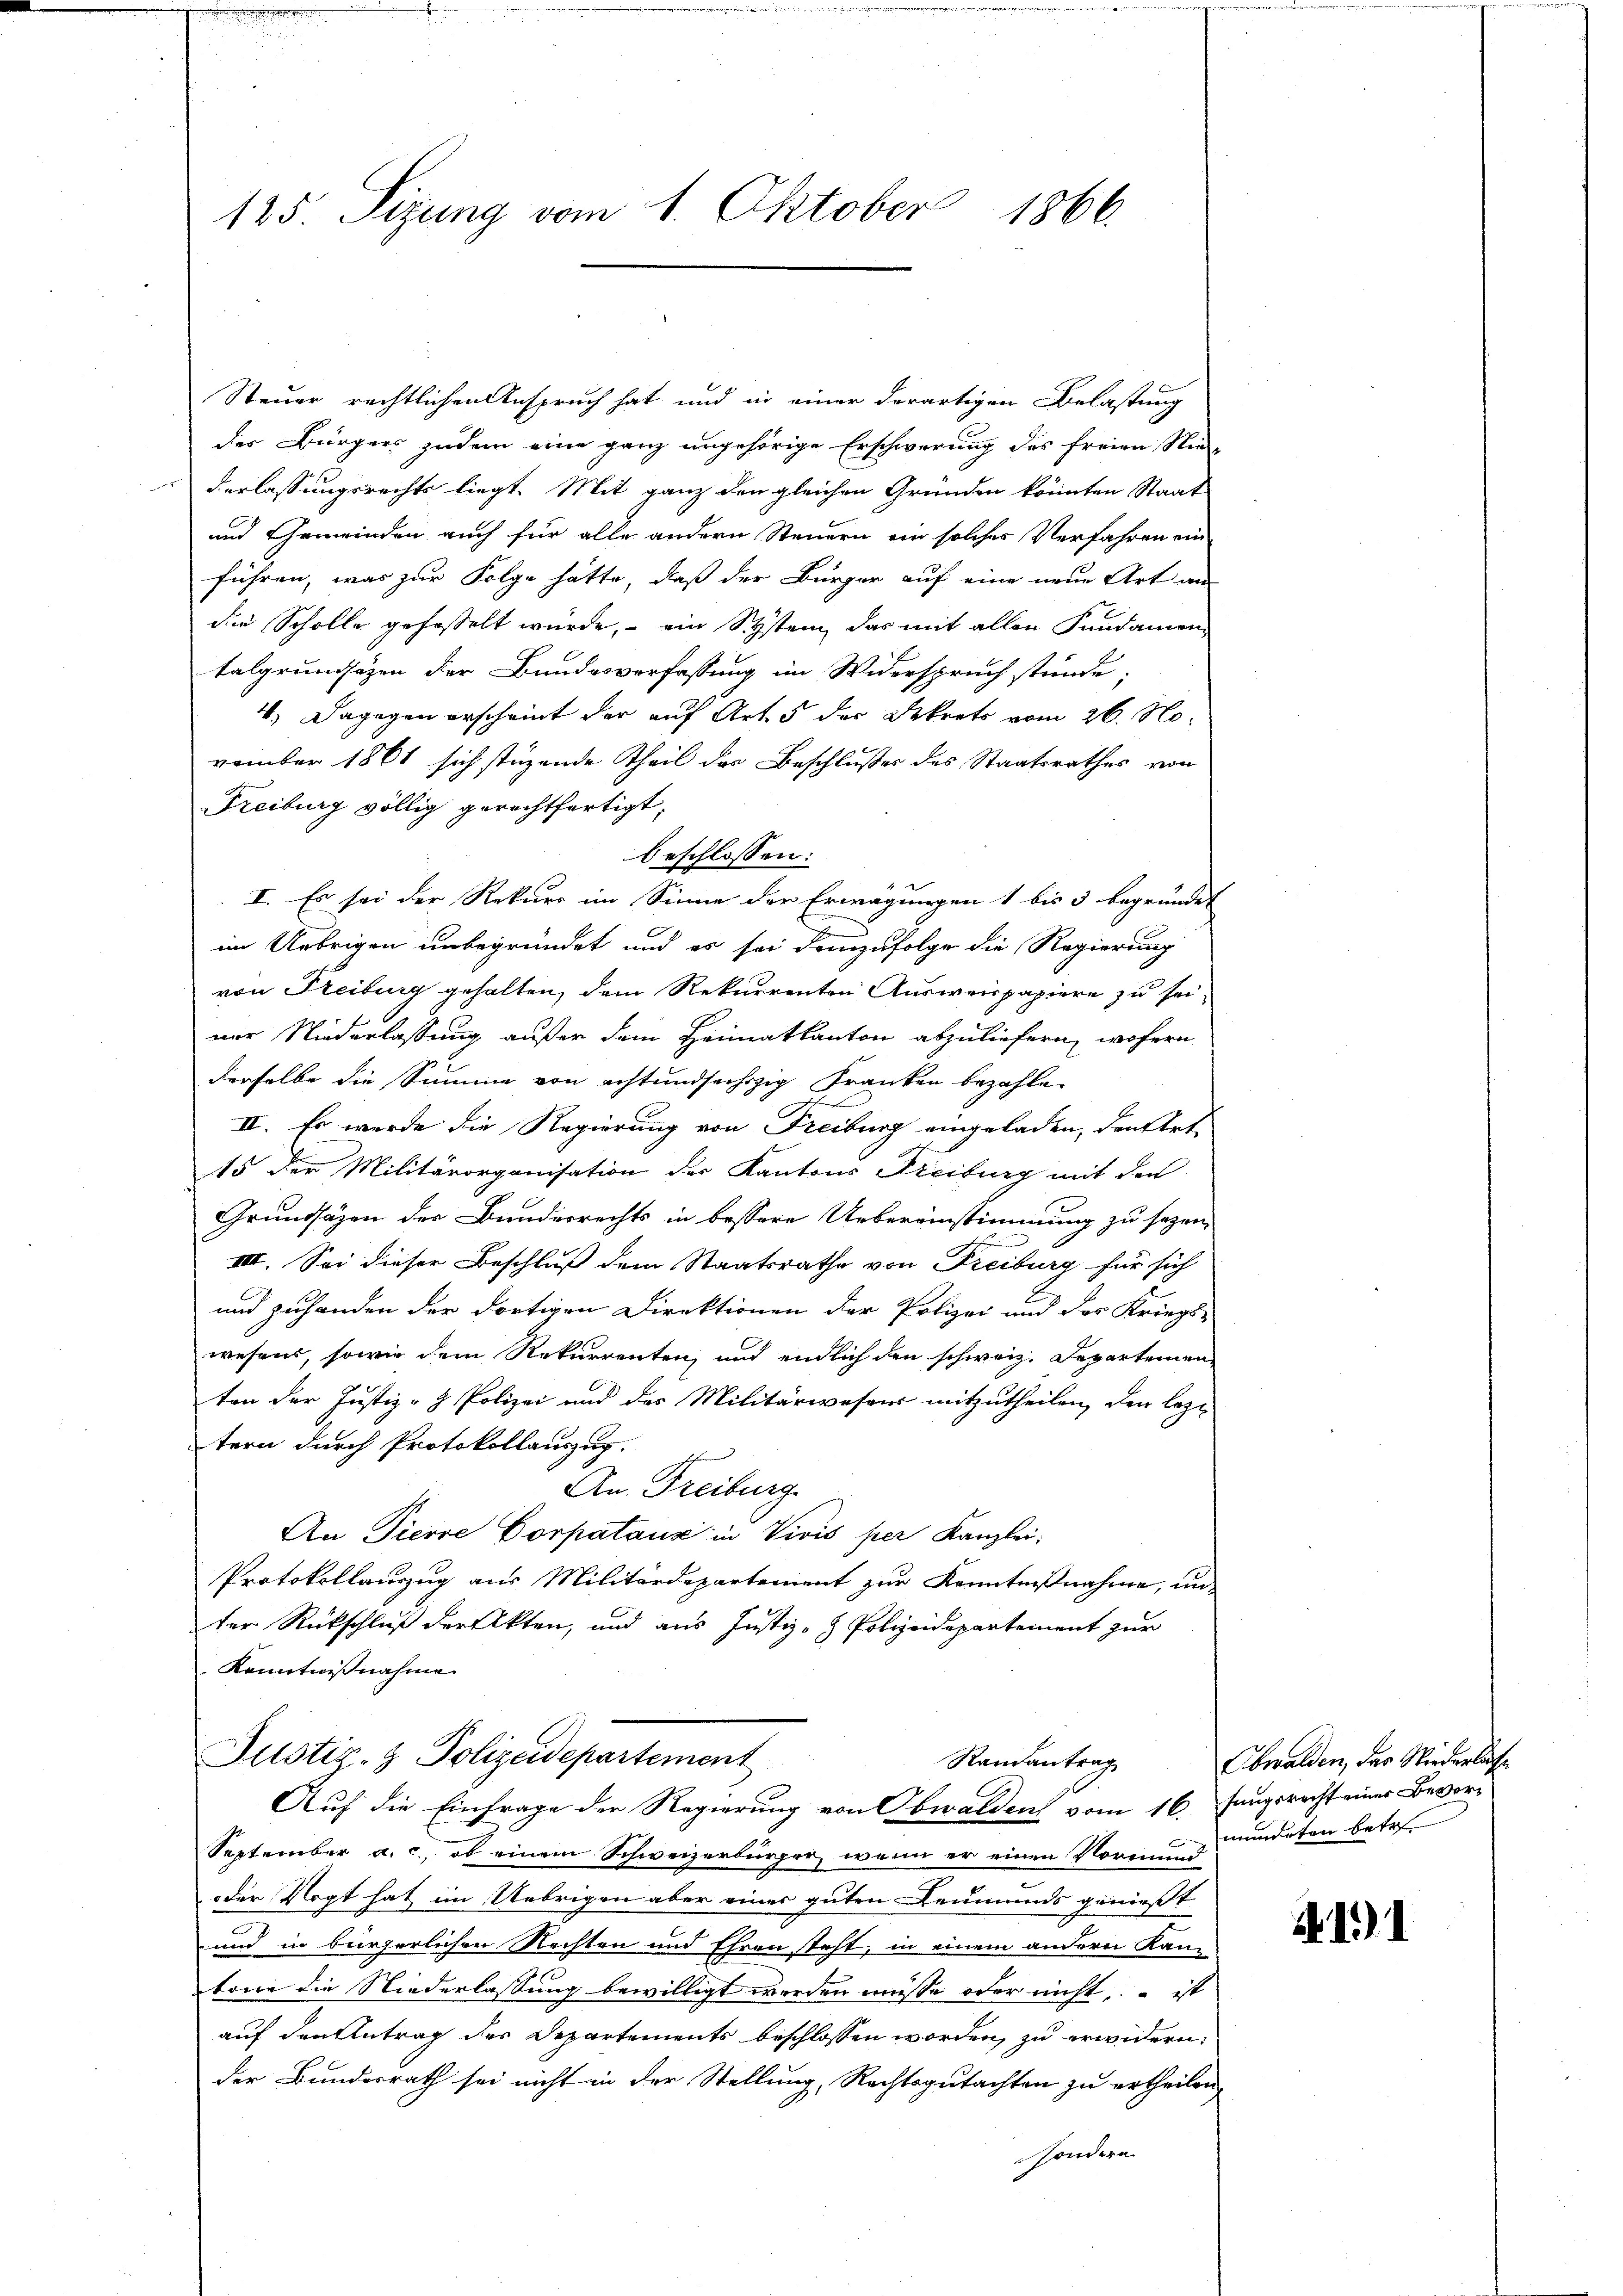
125 Sizung vom 1. Oktober 1866.

Steuer rechtlichen Anspruch hat und in einer derartigen Belastung
der Bürgers zudem eine ganz ungehörige Erschwerung des freien Nie
Verlassungsrechts liegt. Mit ganz den gleichen Gründen könnten Staat
und Gemeinden auch für alle andern Steuern ein solches Verfahren ein
führen, was zur Folge hätte, daß der Bürger auf eine neue Art an
die Scholle gefasselt wurde, ein System das mit allen Fundamentalgrundsäzen der Bundesverfassung im Widerspruch stünde,
4. Dagegen erscheint der auf Art. 5 der Sekrets vom 26. November 1861 sich stüzende Theil des Beschlußes des Staatsrathes von
Freiburg völlig gerechtfertigt,
beschlossen:
 x
I. Es sei der Rekurs im Sinne der Erwägungen 1 bis 3 begründet
im Uebrigen unbegründet und es sei demzufolge die Regierung
von Freiburg gehalten, dem Rekurrenten Ausweispapiere zu seiner Niederlassung außer dem Heimatkanton abzuliefern, wofern
derselbe die Summe von achtund sechzig Franken bezahle
II. Es wurde die Regierung von Freiburg eingeladen, den fort-
15 der Militärorganisation der Kantons Freiburg mit den
Grundsäzen der Bunderrechts in bessere Uebereinstimmung zu sezen,
IIII. Sei dieser Beschluß dem Staatsrathe von Freiburg für sich
und zuhanden der dortigen Direktionen der Polizei und des Kriegs-
wesens, sowie dem Rekurrenten, und endlich den schweiz. Departemen
ten der Justiz- & Polizei und des Militärwesens mitzutheilen, den lez-
tern durch Protokollauszug.
An. Freiburg.
An Tierre Corpataux in Vivis per Kanzlei,
Protokollauszug aus Militärdepartement zur Kenntnißnahme, un
ter Rückschluß der Akten, und aus Justiz- & Polizeidepartement zur
Kenntnißnahme

Justiz- & Polizeidepartement
Randantrag

Auf die Einfrage der Regierung von Obwalden vom 16. Jungsrecht einer Bevorb
September a. c., ob einem Schweizerbürger, wenn er einen Normund-
oder Vogt hat im Uebrigen aber eines guten Leumunds genießt
und in bürgerlichen Rechten und Ehren steht, in einem andern Kanz
tone die Niederlassung bewilligt werden müsse oder nicht, – ist
auf den Antrag des Departements beschlossen worden, zu erwidern,
der Bundesrath sei nicht in der Stellung, Rechtsgutachten zu ertheilen,
sondern

Obwalden, das Wiederlaße
mündeten betr

4191